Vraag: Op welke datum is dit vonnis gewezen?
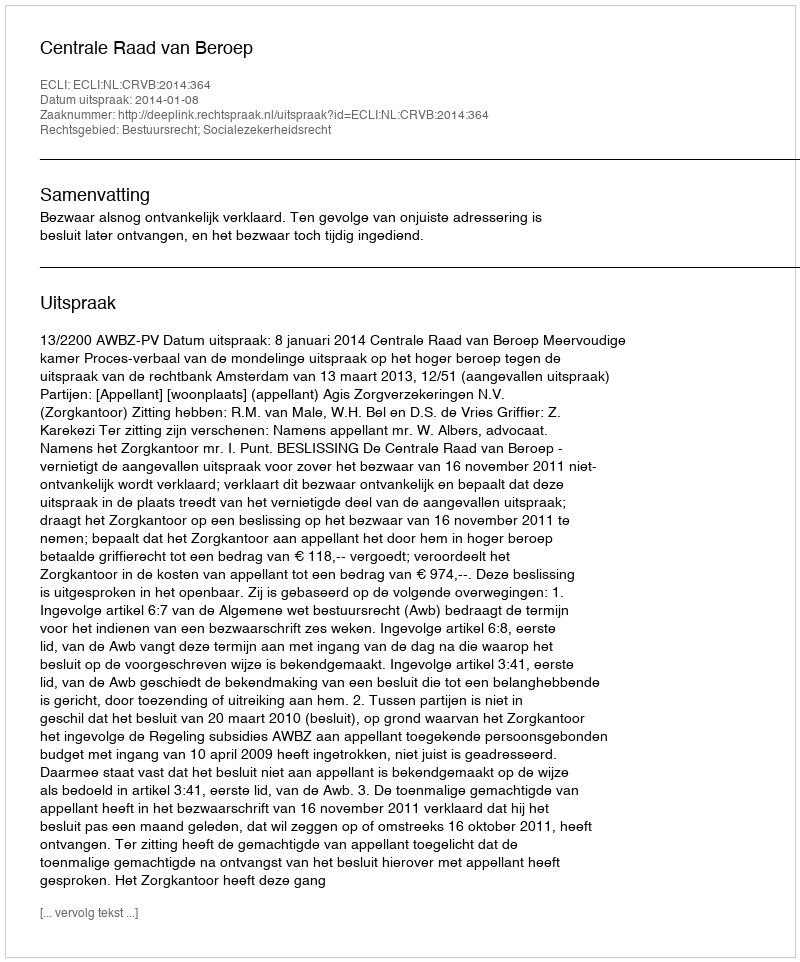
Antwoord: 2014-01-08